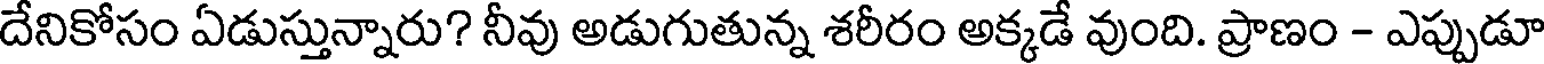
దేనికోసం ఏడుస్తున్నారు? నీవు అడుగుతున్న శరీరం అక్కడే వుంది. ప్రాణం - ఎప్పుడూ